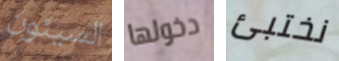
السيئون دخولها نختبئ